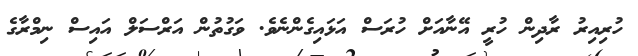
ހުރިއިރު ރާދިން ހުރީ އޭނާއަށް ހުރަސް އަޅައިގެންނެވެ. ވަގުތުން އަރްސަލް އައިސް ނިމްރާގެ